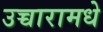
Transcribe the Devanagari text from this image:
उच्चारामधे